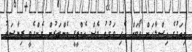
މިއަދުގެ އިސްލާހަށް ވޯޓަށް އެހި ވަގުތު ވެސް އެމްޑީޕީ މެންބަރުން ގެންދެވީ ރިޔާސަތު